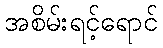
အစိမ်းရင့်ရောင်